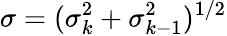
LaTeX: \sigma=(\sigma_{k}^{2}+\sigma_{k-1}^{2})^{1/2}